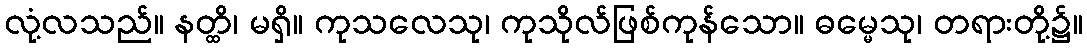
လုံ့လသည်။ နတ္ထိ၊ မရှိ။ ကုသလေသု၊ ကုသိုလ်ဖြစ်ကုန်သော။ ဓမ္မေသု၊ တရားတို့၌။